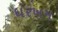
ધરખમ